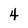
Character: 4